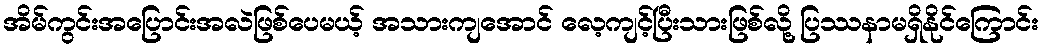
အိမ်ကွင်းအပြောင်းအလဲဖြစ်ပေမယ့် အသားကျအောင် လေ့ကျင့်ပြီးသားဖြစ်လို့ ပြဿနာမရှိနိုင်ကြောင်း